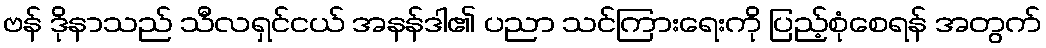
ဗန် ဒိုနာသည် သီလရှင်ငယ် အနန်ဒါ၏ ပညာ သင်ကြားရေးကို ပြည့်စုံစေရန် အတွက်